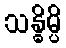
သန္ဓိမ္ပိ